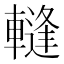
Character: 䡫